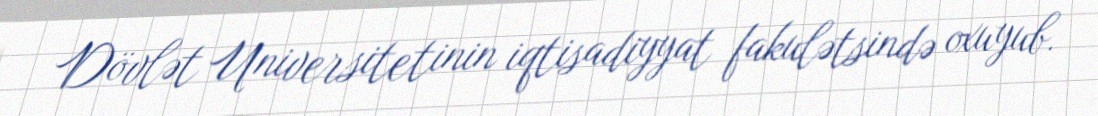
Dövlət Universitetinin iqtisadiyyat fakulətsində oxuyub.